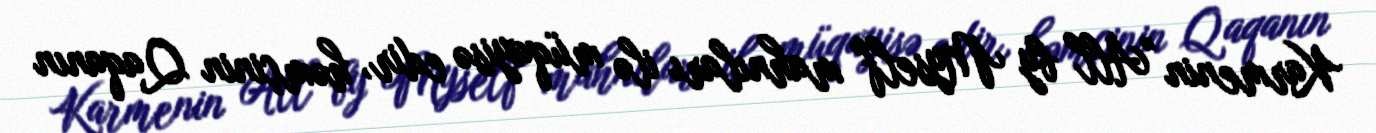
Karmenin "All by Myself" mahnıları ilə müqayisə edir, həmçinin Qaqanın